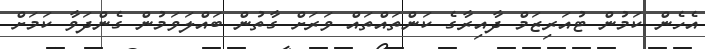
އެހެން ކަމުން ޓުއަރިޒަމް ދާއިރާގެ ކަންތައްތައް ވަރަށް ގާތުން ބައްލަވަމުން ގެންދަވާ ކަމަށް